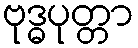
ဗုဒ္ဓပုတ္တာ